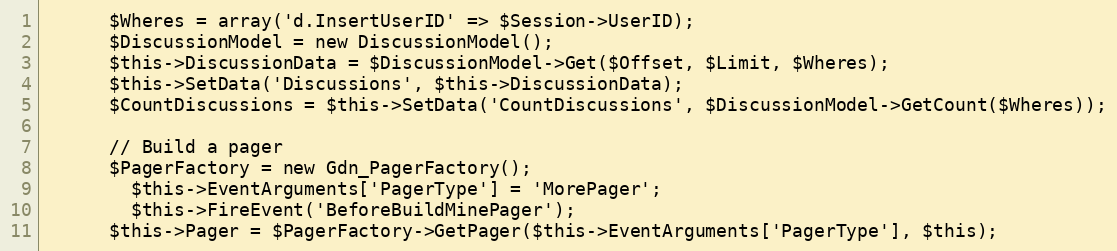
Language: PHP
      $Wheres = array('d.InsertUserID' => $Session->UserID);
      $DiscussionModel = new DiscussionModel();
      $this->DiscussionData = $DiscussionModel->Get($Offset, $Limit, $Wheres);
      $this->SetData('Discussions', $this->DiscussionData);
      $CountDiscussions = $this->SetData('CountDiscussions', $DiscussionModel->GetCount($Wheres));

      // Build a pager
      $PagerFactory = new Gdn_PagerFactory();
		$this->EventArguments['PagerType'] = 'MorePager';
		$this->FireEvent('BeforeBuildMinePager');
      $this->Pager = $PagerFactory->GetPager($this->EventArguments['PagerType'], $this);